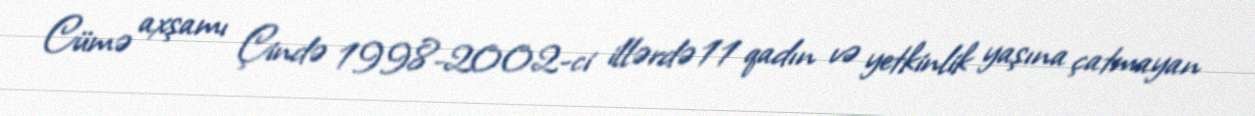
Cümə axşamı Çində 1998-2002-ci illərdə 11 qadın və yetkinlik yaşına çatmayan